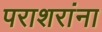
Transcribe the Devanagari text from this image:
पराशरांना